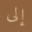
إلى